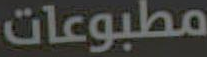
مطبوعات